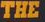
THE